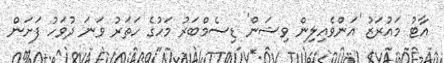
އާޓު މައުރަޒު 'އަންވެއިލިން ވިޝަން' ޑިސެމްބަރު މަހުގެ ހަތަރު ވަނަ ދުވަހު ފަށަން